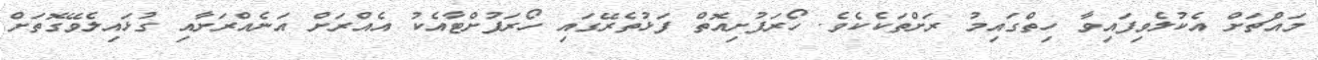
މައްޗަށް އެކުލެވިފައިވާ ހިތްގައިމު ރަށްތަކެކެވެ. ހޯރަފުށިއޮތް ފަޅުތެރޭގައި ހޯރަފުށްޓާއެކު އެއްރަށް އަނެއްރަށާއި ގުޅައިލެވޭގޮތަށް